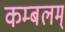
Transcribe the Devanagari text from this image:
कम्बलम्